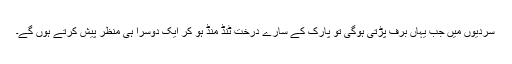
سردیوں میں جب یہاں برف پڑتی ہوگی تو پارک کے سارے درخت ٹنڈ منڈ ہو کر ایک دوسرا ہی منظر پیش کرتے ہوں گے۔